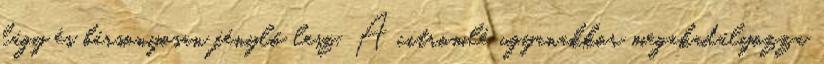
lágy és bársonyosan fénylő lesz. A citromlé ugyanakkor megakadályozza